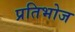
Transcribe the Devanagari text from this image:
प्रतिभोज